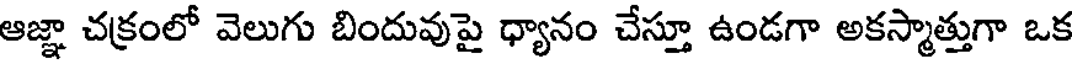
ఆజ్ఞా చక్రంలో వెలుగు బిందువుపై ధ్యానం చేస్తూ ఉండగా అకస్మాత్తుగా ఒక